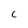
Character: C